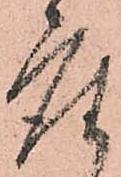
座